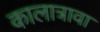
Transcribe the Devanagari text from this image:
कालात्रावा